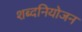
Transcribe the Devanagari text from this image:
शब्दनियोजन